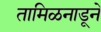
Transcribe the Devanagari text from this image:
तामिळनाडूने